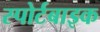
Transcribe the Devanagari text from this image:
स्पोर्टबाइक